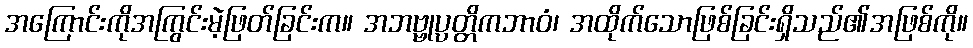
အကြောင်းကိုအကြွင်းမဲ့ဖြတ်ခြင်းက။ အဘဗ္ဗုပ္ပတ္တိကဘာဝံ၊ အထိုက်သောဖြစ်ခြင်းရှိသည်၏အဖြစ်ကို။